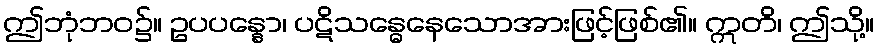
ဤဘုံဘဝ၌။ ဥပပန္နော၊ ပဋိသန္ဓေနေသောအားဖြင့်ဖြစ်၏။ ဣတိ၊ ဤသို့။